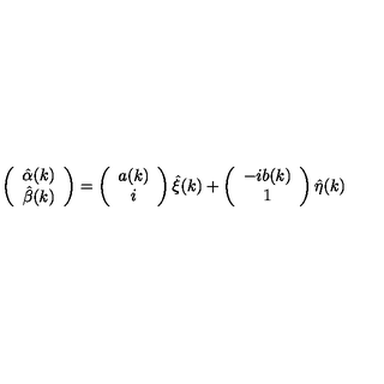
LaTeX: \left( \begin{array} { c } { \hat { \alpha } ( k ) } \\ { \hat { \beta } ( k ) } \\ \end{array} \right) = \left( \begin{array} { c } { { a } ( k ) } \\ { i } \\ \end{array} \right) \hat { \xi } ( k ) + \left( \begin{array} { c } { - i { b } ( k ) } \\ { 1 } \\ \end{array} \right) \hat { \eta } ( k )